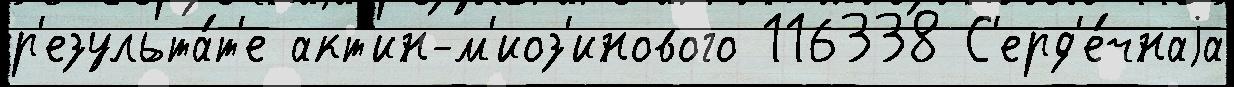
р'езульта́т'е акт'ин-м'иоз'инового 116338 С'ерд'е́чнаjа